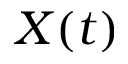
X ( t )